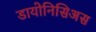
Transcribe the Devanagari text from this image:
डायोनिसिअस